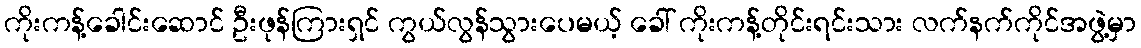
ကိုးကန့်ခေါင်းဆောင် ဦးဖုန်ကြားရှင် ကွယ်လွန်သွားပေမယ့် ခေါ် ကိုးကန့်တိုင်းရင်းသား လက်နက်ကိုင်အဖွဲ့မှာ